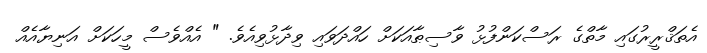
އެތަޤްރީރުގައި މާތްގެ ރަސްކަންފުޅު ވާސިޠާއަކަށް ހައްދަވައި ވިދާޅުވިއެވެ. " އެއްވެސް މީހަކަށް އަނިޔާއެއް